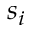
s _ { i }